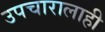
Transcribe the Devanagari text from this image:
उपचारालाही